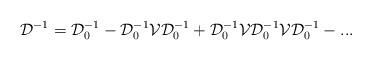
LaTeX: \begin{align*}{\mathcal D}^{-1} = {\mathcal D}_0 ^{-1} - {\mathcal D}_0 ^{-1}{\mathcal V} {\mathcal D}_0 ^{-1} + {\mathcal D}_0 ^{-1} {\mathcal V}{\mathcal D}_0 ^{-1} {\mathcal V} {\mathcal D}_0 ^{-1}-...\end{align*}